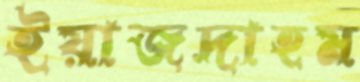
ইয়াজদাহম